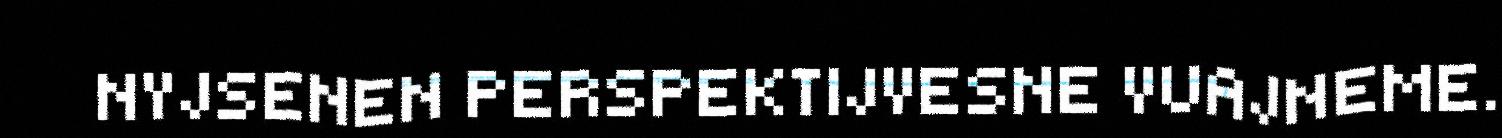
NYJSENEN PERSPEKTIJVESNE VUAJNEME.